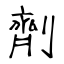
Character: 劑